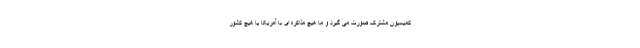
کمیسیون مشترک صورت می گیرد و ما هیچ مذاکره ای با آمریکا یا هیچ کشور